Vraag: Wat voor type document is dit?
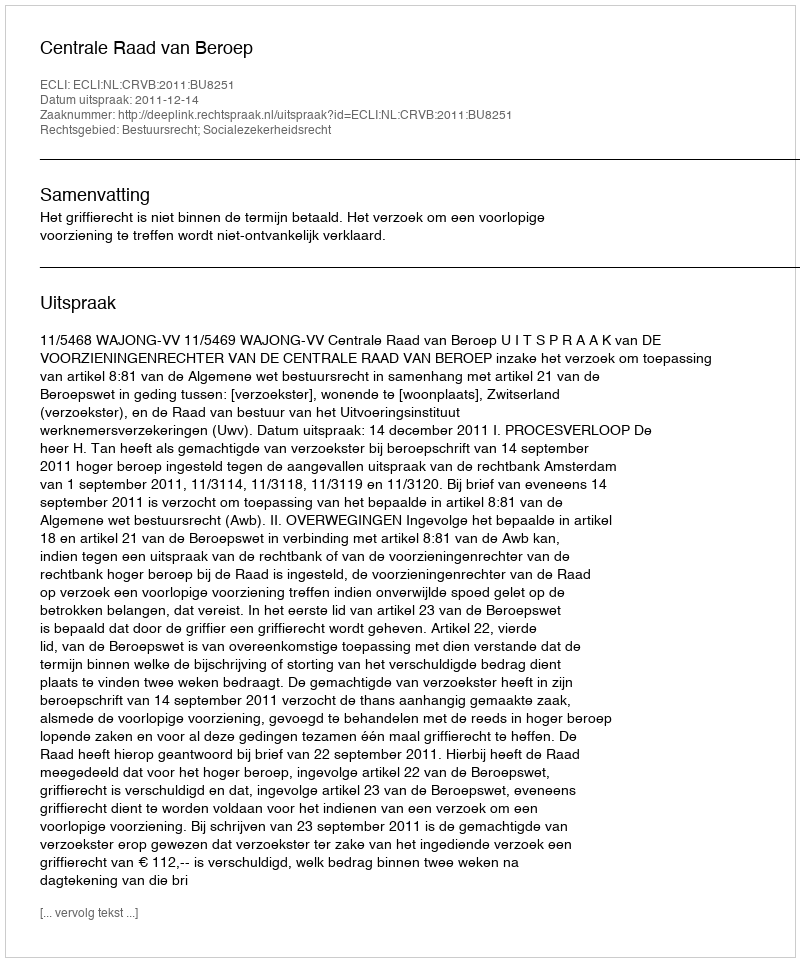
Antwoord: Uitspraak